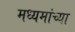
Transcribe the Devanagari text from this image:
मध्यमांच्या